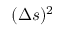
( \Delta { s } ) ^ { 2 }